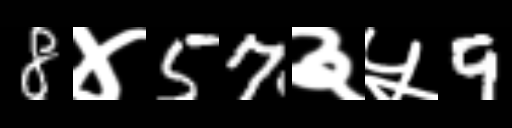
Text: 8४57३५9